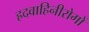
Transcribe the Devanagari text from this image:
ह्रदवाहिनीरोगों